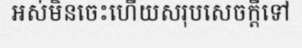
អស់មិនចេះហើយសរុបសេចក្តីទៅ